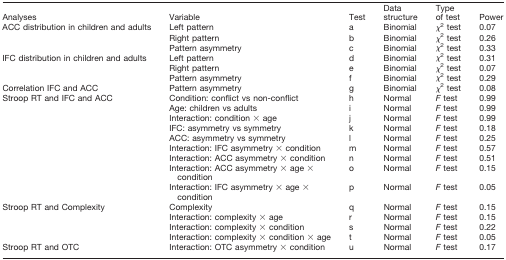
<table><thead><tr><td><b>Analyses</b></td><td><b>Variable</b></td><td><b>Test</b></td><td><b>Data structure</b></td><td><b>Type of test</b></td><td><b>Power</b></td></tr></thead><tbody><tr><td rowspan="3">ACC distribution in children and adults</td><td>Left pattern</td><td>a</td><td>Binomial</td><td>χ<sup>2</sup> test</td><td>0.07</td></tr><tr><td>Right pattern</td><td>b</td><td>Binomial</td><td>χ<sup>2</sup> test</td><td>0.26</td></tr><tr><td>Pattern asymmetry</td><td>c</td><td>Binomial</td><td>χ<sup>2</sup> test</td><td>0.33</td></tr><tr><td rowspan="3">IFC distribution in children and adults</td><td>Left pattern</td><td>d</td><td>Binomial</td><td>χ<sup>2</sup> test</td><td>0.31</td></tr><tr><td>Right pattern</td><td>e</td><td>Binomial</td><td>χ<sup>2</sup> test</td><td>0.07</td></tr><tr><td>Pattern asymmetry</td><td>f</td><td>Binomial</td><td>χ<sup>2</sup> test</td><td>0.29</td></tr><tr><td>Correlation IFC and ACC</td><td>Pattern asymmetry</td><td>g</td><td>Binomial</td><td>χ<sup>2</sup> test</td><td>0.08</td></tr><tr><td rowspan="9">Stroop RT and IFC and ACC</td><td>Condition: conflict vs non-conflict</td><td>h</td><td>Normal</td><td><i>F</i> test</td><td>0.99</td></tr><tr><td>Age: children vs adults</td><td>i</td><td>Normal</td><td><i>F</i> test</td><td>0.99</td></tr><tr><td>Interaction: condition × age</td><td>j</td><td>Normal</td><td><i>F</i> test</td><td>0.99</td></tr><tr><td>IFC: asymmetry vs symmetry</td><td>k</td><td>Normal</td><td><i>F</i> test</td><td>0.18</td></tr><tr><td>ACC: asymmetry vs symmetry</td><td>l</td><td>Normal</td><td><i>F</i> test</td><td>0.25</td></tr><tr><td>Interaction: IFC asymmetry × condition</td><td>m</td><td>Normal</td><td><i>F</i> test</td><td>0.57</td></tr><tr><td>Interaction: ACC asymmetry × condition</td><td>n</td><td>Normal</td><td><i>F</i> test</td><td>0.51</td></tr><tr><td>Interaction: ACC asymmetry × age × condition</td><td>o</td><td>Normal</td><td><i>F</i> test</td><td>0.15</td></tr><tr><td>Interaction: IFC asymmetry × age × condition</td><td>p</td><td>Normal</td><td><i>F</i> test</td><td>0.05</td></tr><tr><td rowspan="4">Stroop RT and Complexity</td><td>Complexity</td><td>q</td><td>Normal</td><td><i>F</i> test</td><td>0.15</td></tr><tr><td>Interaction: complexity × age</td><td>r</td><td>Normal</td><td><i>F</i> test</td><td>0.15</td></tr><tr><td>Interaction: complexity × condition</td><td>s</td><td>Normal</td><td><i>F</i> test</td><td>0.22</td></tr><tr><td>Interaction: complexity × condition × age</td><td>t</td><td>Normal</td><td><i>F</i> test</td><td>0.05</td></tr><tr><td>Stroop RT and OTC</td><td>Interaction: OTC asymmetry × condition</td><td>u</td><td>Normal</td><td><i>F</i> test</td><td>0.17</td></tr></tbody></table>